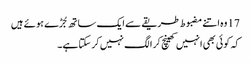
17 وہ اتنے مضبوط طریقے سے ایک ساتھ جُڑے ہو ئے ہیں
کہ کو ئی بھی انہیں کھینچ کر الگ نہیں کر سکتا ہے۔